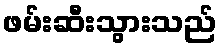
ဖမ်းဆီးသွားသည်